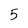
Character: 5